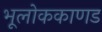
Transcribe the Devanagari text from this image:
भूलाेककाणड